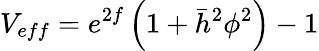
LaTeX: V_{eff}=e^{2f}\left(1+\bar{h}^{2}\phi^{2}\right)-1